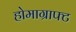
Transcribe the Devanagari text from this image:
होमाग्राफ्ट